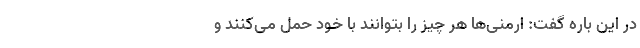
در این باره گفت: ارمنی‌ها هر چیز را بتوانند با خود حمل می‌کنند و